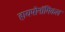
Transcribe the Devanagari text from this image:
हायपोनॉमिकल